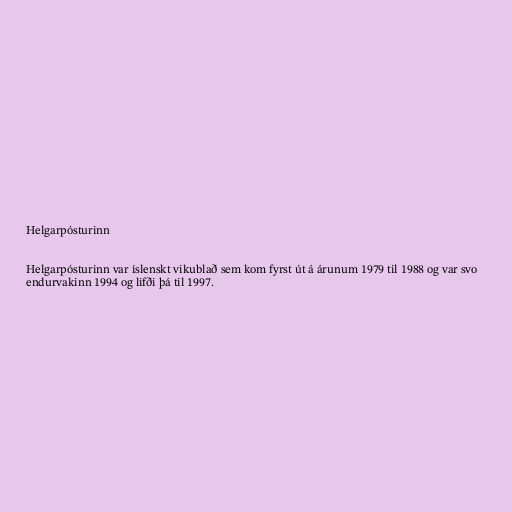
Helgarpósturinn

Helgarpósturinn var íslenskt vikublað sem kom fyrst út á árunum 1979 til 1988 og var svo
endurvakinn 1994 og lifði þá til 1997.